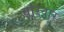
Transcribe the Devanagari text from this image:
वांरवार